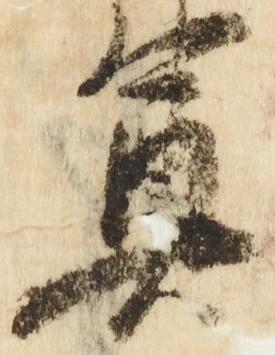
奠